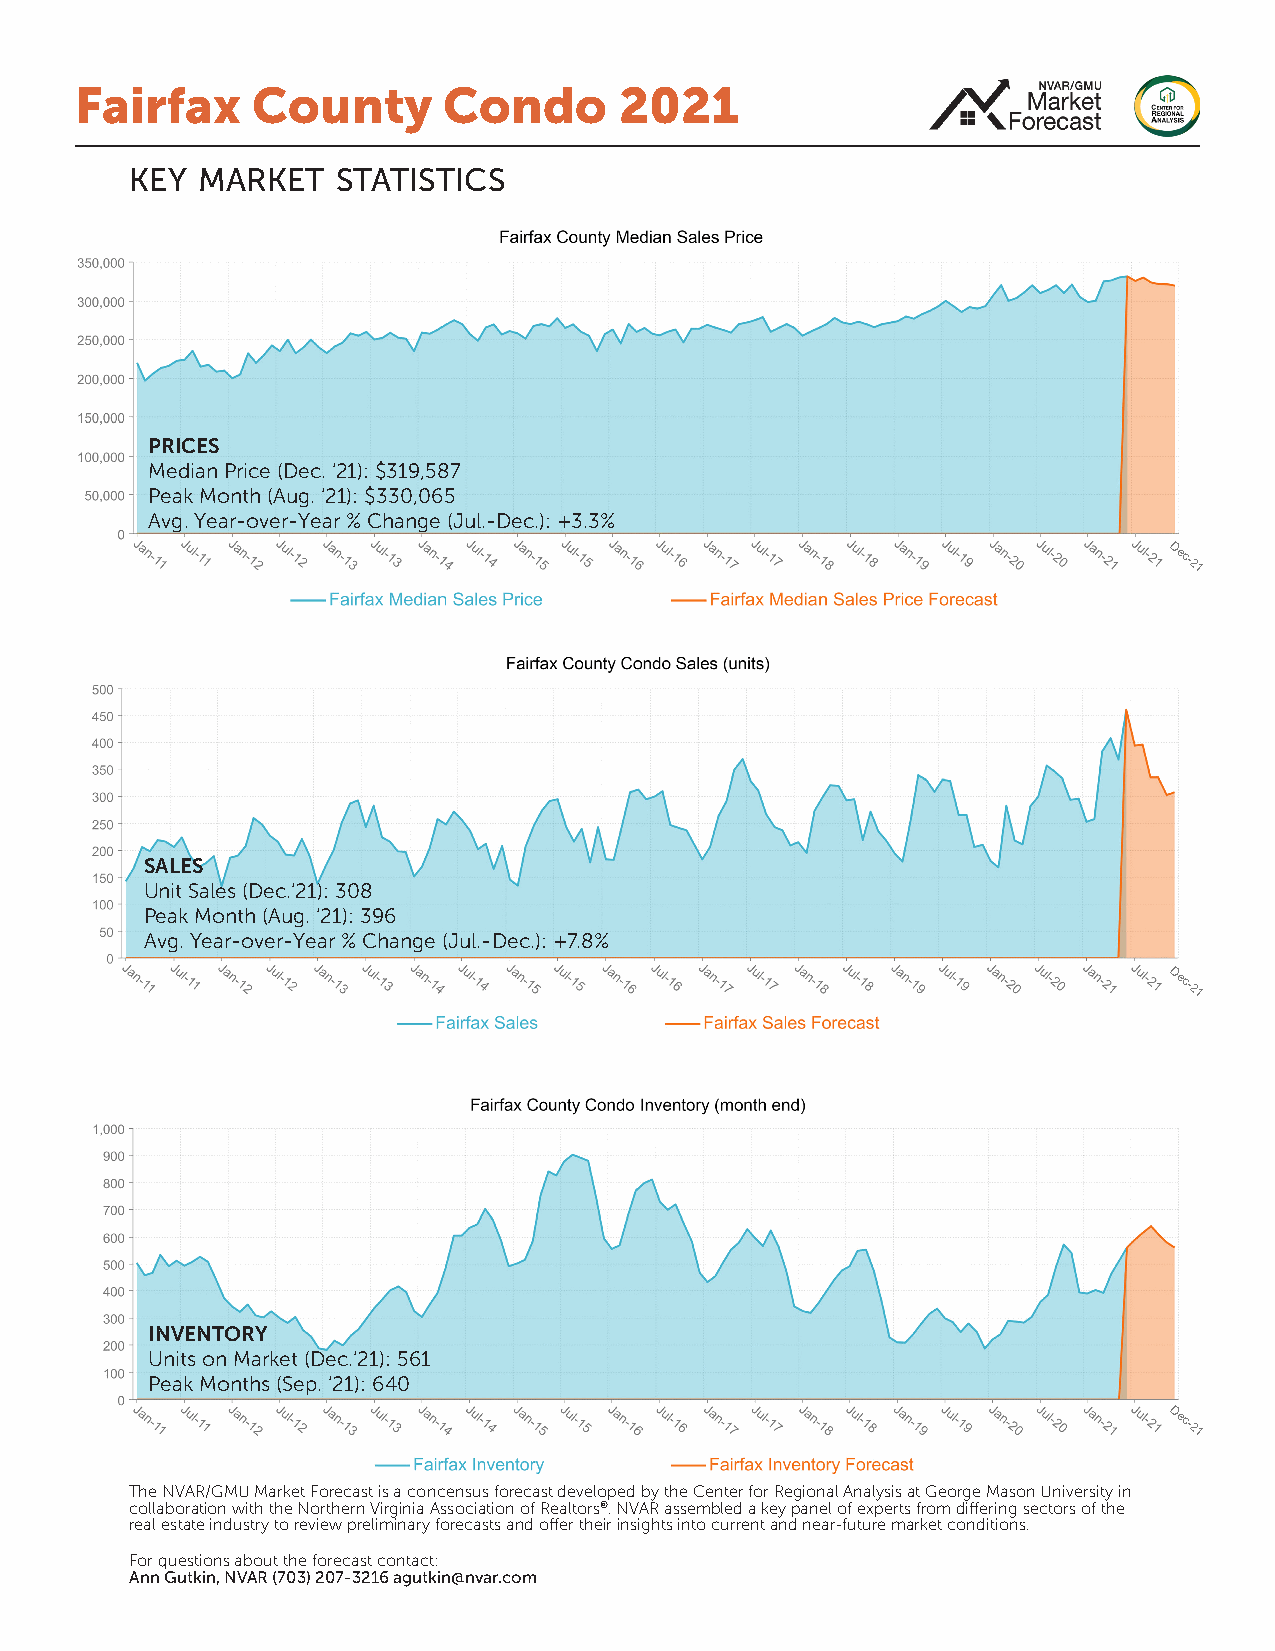
Fairfax     County      Condo       2021
 key market   statistics
 PRICES
 Median Price (Dec. ‘21): $319,587
 Peak Month (Aug. ‘21): $330,065
 Avg. Year-over-Year % Change (Jul.-Dec.): +3.3%
 Dec-21
 SALES
 Unit Sales (Dec.‘21): 308
 Peak Month (Aug. ‘21): 396
 Avg. Year-over-Year % Change (Jul.-Dec.): +7.8%
 Dec-21
 INVENTORY
 Units on Market (Dec.‘21): 561
 Peak Months (Sep. ‘21): 640
 Dec-21
 The NVAR/GMU Market Forecast is a concensus forecast developed by the Center for Regional Analysis at George Mason University in
 collaboration with the Northern Virginia Association of Realtors®. NVAR assembled a key panel of experts from differing sectors of the
 real estate industry to review preliminary forecasts and offer their insights into current and near-future market conditions.
 For questions about the forecast contact:
 Ann Gutkin, NVAR (703) 207-3216 agutkin@nvar.com